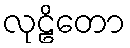
လုဠိတော